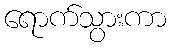
ရောက်သွားကာ